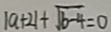
\vert a + 2 \vert + \sqrt { b - 4 } = 0